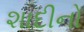
શાદીનો